Note on the mental hospitals in Burma - 1925-1940
Year: 1925
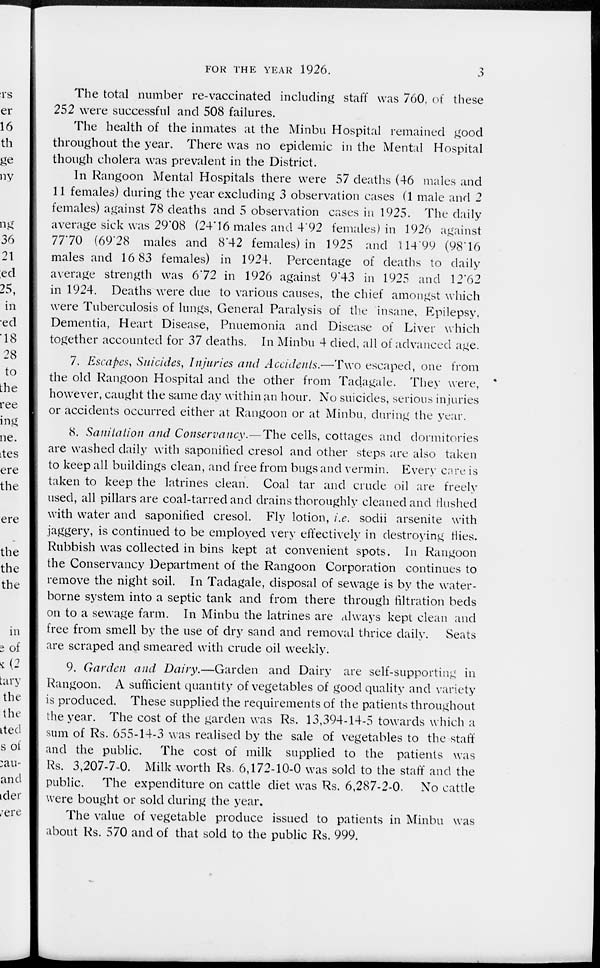
FOR THE YEAR 1926.
3
The total number re-vaccinated including staff was 760, of these
252 were successful and 508 failures.
The health of the inmates at the Minbu Hospital remained good
throughout the year. There was no epidemic in the Mental Hospital
though cholera was prevalent in the District.
In Rangoon Mental Hospitals there were 57 deaths (46 males and
11 females) during the year excluding 3 observation cases (1 male and 2
females) against 78 deaths and 5 observation cases in 1925. The daily
average sick was 29.08 (24.16 males and 4.92 females) in 1926 against
77.70 (69.28 males and 8.42 females) in 1925 and 114.99 (98.16
males and 16 83 females) in 1924. Percentage of deaths to daily
average strength was 6.72 in 1926 against 9.43 in 1925 and 12.62
in 1924. Deaths were due to various causes, the chief amongst which
were Tuberculosis of lungs, General Paralysis of the insane, Epilepsy,
Dementia, Heart Disease, Pnuemonia and Disease of Liver which
together accounted for 37 deaths. In Minbu 4 died, all of advanced age.
7. Escapes, Suicides, Injuries and Accidents.—Two escaped, one from
the old Rangoon Hospital and the other from Tadagale. They were,
however, caught the same day within an hour. No suicides, serious injuries
or accidents occurred either at Rangoon or at Minbu, during the year.
8. Sanitation and Conservancy.—The cells, cottages and dormitories
are washed daily with saponified cresol and other steps are also taken
to keep all buildings clean, and free from bugs and vermin. Every care is
taken to keep the latrines clean. Coal tar and crude oil are freely
used, all pillars are coal-tarred and drains thoroughly cleaned and flushed
with water and saponified cresol. Fly lotion, i.e. sodii arsenite with
jaggery, is continued to be employed very effectively in destroying flies.
Rubbish was collected in bins kept at convenient spots. In Rangoon
the Conservancy Department of the Rangoon Corporation continues to
remove the night soil. In Tadagale, disposal of sewage is by the water-
borne system into a septic tank and from there through filtration beds
on to a sewage farm. In Minbu the latrines are always kept clean and
free from smell by the use of dry sand and removal thrice daily.
Seats
are scraped and smeared with crude oil weekly.
9. Garden and Dairy.—Garden
and Dairy are self-supporting in
Rangoon. A sufficient quantity of vegetables of good quality and variety
is produced. These supplied the requirements of the patients throughout
the year. The cost of the garden was Rs. 13,394-14-5 towards which a
sum of Rs. 655-14-3 was realised by the sale of vegetables to the staff
and the public.
The cost of milk supplied to the patients was
Rs. 3,207-7-0. Milk worth Rs. 6,172-10-0 was sold to the staff and the
public.
The expenditure on cattle diet was Rs. 6,287-2-0.
No cattle
were bought or sold during the year.
The value of vegetable produce issued to patients in Minbu was
about Rs. 570 and of that sold to the public Rs. 999.